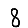
Digit: 8